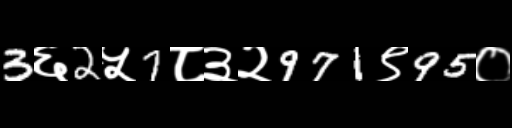
Text: 3६2५7८३२971९95०